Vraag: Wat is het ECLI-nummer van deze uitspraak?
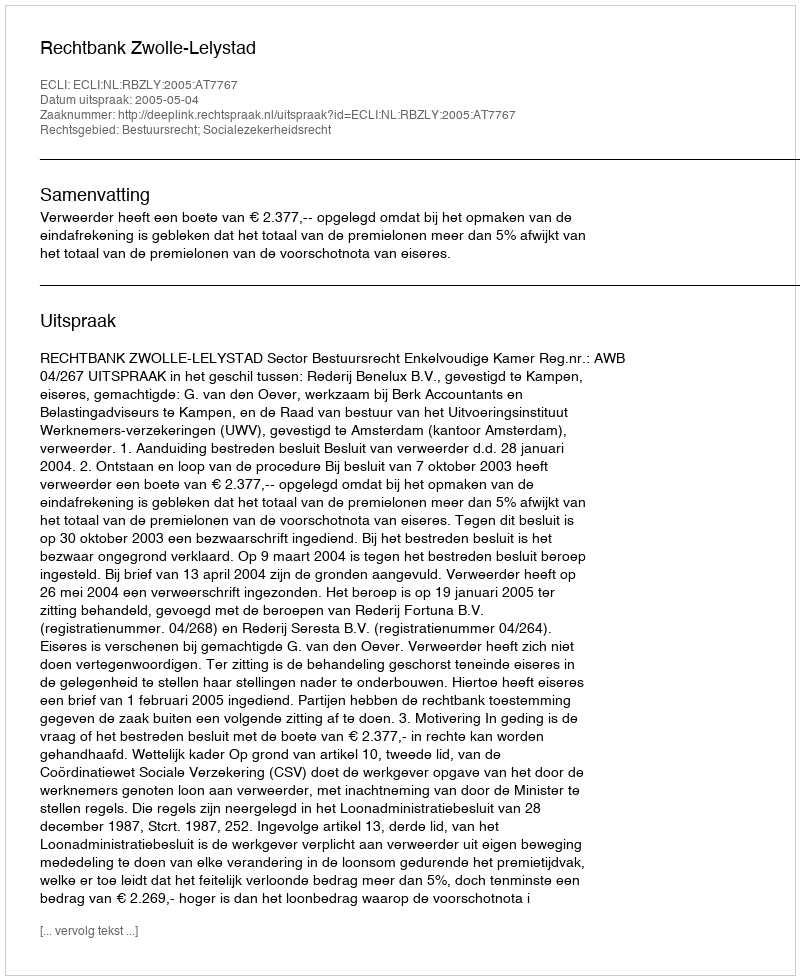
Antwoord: ECLI:NL:RBZLY:2005:AT7767